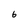
Character: 6